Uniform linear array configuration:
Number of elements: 8
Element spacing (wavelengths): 0.25
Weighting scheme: hamming
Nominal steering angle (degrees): -30
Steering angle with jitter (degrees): -31.858
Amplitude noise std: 0.05
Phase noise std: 0.05

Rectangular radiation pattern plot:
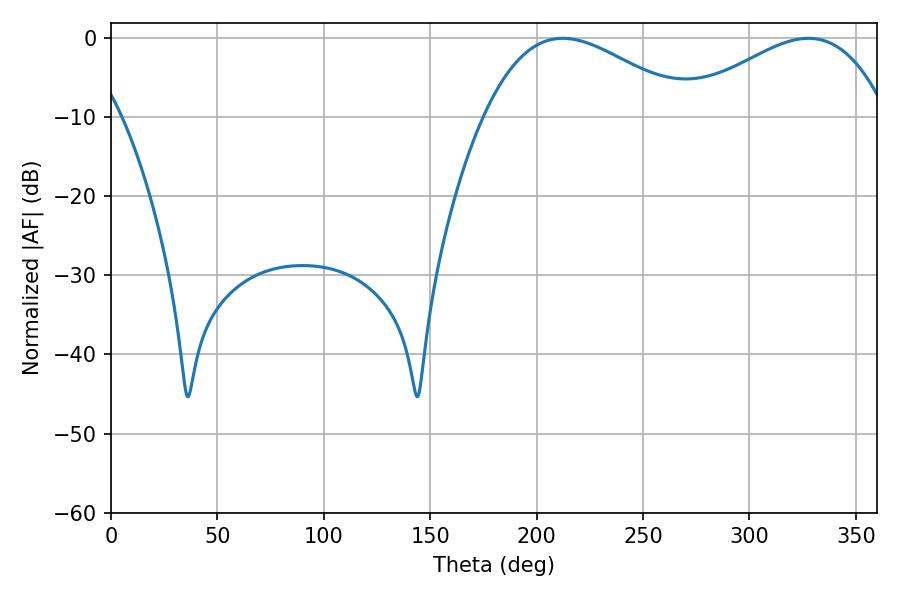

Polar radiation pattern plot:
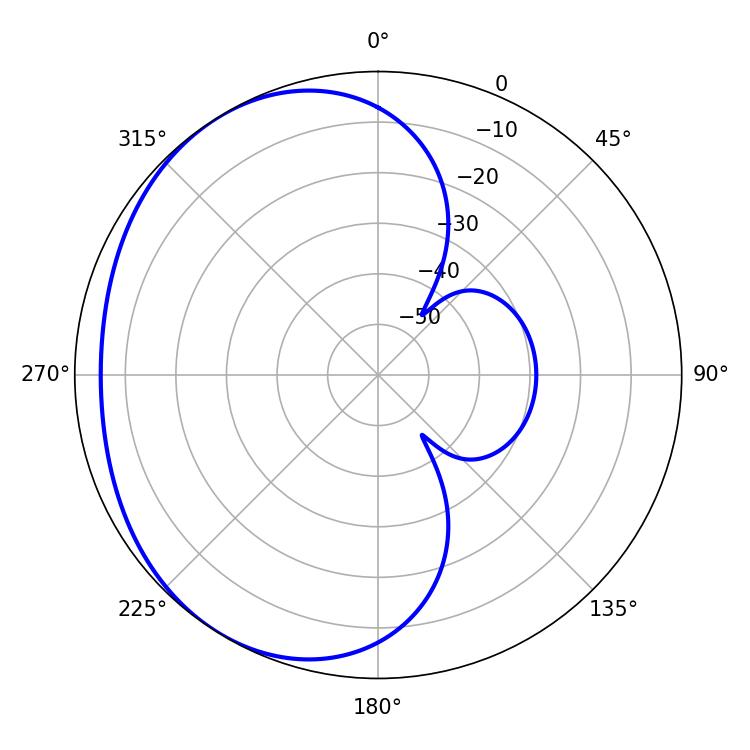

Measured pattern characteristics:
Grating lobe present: FALSE
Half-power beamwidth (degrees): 52.38
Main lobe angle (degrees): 212.22